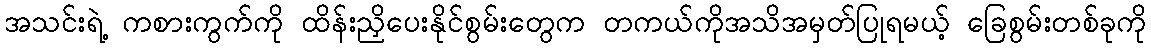
အသင်းရဲ့ ကစားကွက်ကို ထိန်းညှိပေးနိုင်စွမ်းတွေက တကယ်ကိုအသိအမှတ်ပြုရမယ့် ခြေစွမ်းတစ်ခုကို